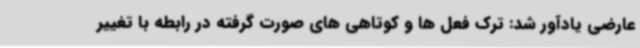
عارضی یادآور شد: ترک فعل ها و کوتاهی های صورت گرفته در رابطه با تغییر